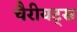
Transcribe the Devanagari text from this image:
चैरीयट्स